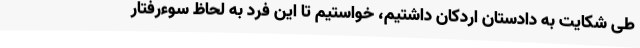
طی شکایت به دادستان اردکان داشتیم، خواستیم تا این فرد به لحاظ سوءرفتار